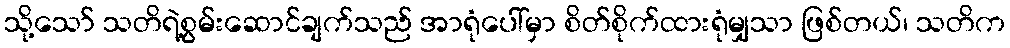
သို့သော် သတိရဲ့စွမ်းဆောင်ချက်သည် အာရုံပေါ်မှာ စိတ်စိုက်ထားရုံမျှသာ ဖြစ်တယ်၊ သတိက